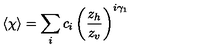
\langle \chi \rangle = \sum _ { i } c _ { i } \left( \frac { z _ { h } } { z _ { v } } \right) ^ { i \gamma _ { 1 } }